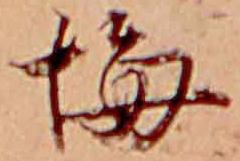
悔